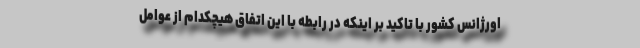
اورژانس کشور با تاکید بر اینکه در رابطه با این اتفاق هیچکدام از عوامل